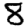
Digit: 8